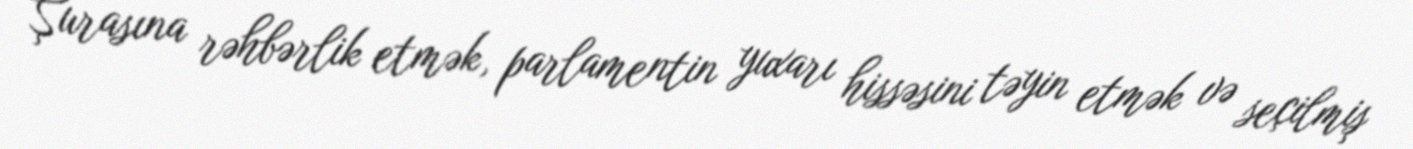
Şurasına rəhbərlik etmək, parlamentin yuxarı hissəsini təyin etmək və seçilmiş